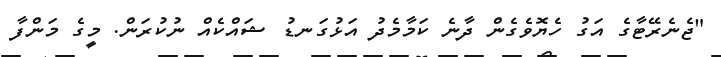
"ޖެނެރޭޓާގެ އަގު ހެޔޮވެގެން ދާނެ ކަމާމެދު އަަޅުގަނޑު ޝައްކެއް ނުކުރަން. މީގެ މަންފާ